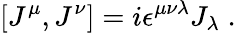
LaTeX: [J^{\mu},J^{\nu}]=i\epsilon^{\mu\nu\lambda}J_{\lambda}\; .